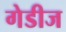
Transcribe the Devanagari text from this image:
गेडीज